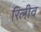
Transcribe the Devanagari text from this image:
रिलीव